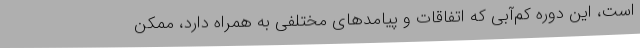
است، این دوره کم‌آبی که اتفاقات و پیامدهای مختلفی به همراه دارد، ممکن